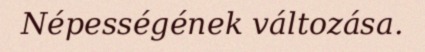
Népességének változása.